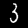
Digit: 3